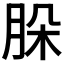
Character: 𦚩